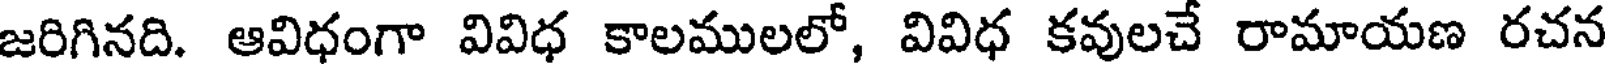
జరిగినది. ఆవిధంగా వివిధ కాలములలో, వివిధ కవులచే రామాయణ రచన